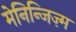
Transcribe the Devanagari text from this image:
मेनिन्जिज़्म